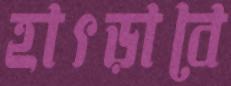
হাৎড়াবে